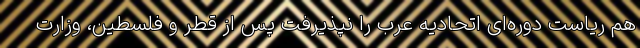
هم ریاست دوره‌ای اتحادیه عرب را نپذیرفت پس از قطر و فلسطین، وزارت